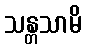
သန္တသာမိ